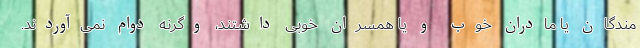
مندگان یا مادران خوب و یا همسران خوبی داشتند، وگرنه دوام نمی‌آوردند.